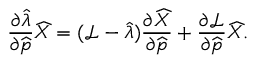
\frac { \partial \widehat { \lambda } } { \partial \widehat { \boldsymbol { p } } } \widehat { X } = ( \mathcal { L } - \widehat { \lambda } ) \frac { \partial \widehat { X } } { \partial \widehat { \boldsymbol { p } } } + \frac { \partial \mathcal { L } } { \partial \widehat { \boldsymbol { p } } } \widehat { X } .